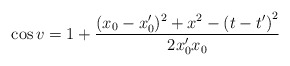
\begin{align*}\cos v=1+\frac{(x_{0}-x_{0}^{\prime })^{2}+x^{2}-\left( t-t^{\prime }\right)^{2}}{2x_{0}^{\prime }x_{0}}\end{align*}